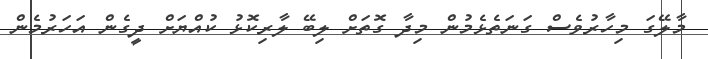
މާލޭގަ މިހާރުވެސް ގަނަތެޅެމުން މިދާ ގޮތަށް ލިބޭ ލާރިކޮޅު ކުއްޔަށް ދީގެން އަހަރުމެން